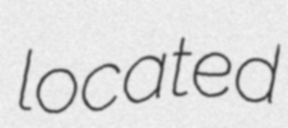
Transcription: located